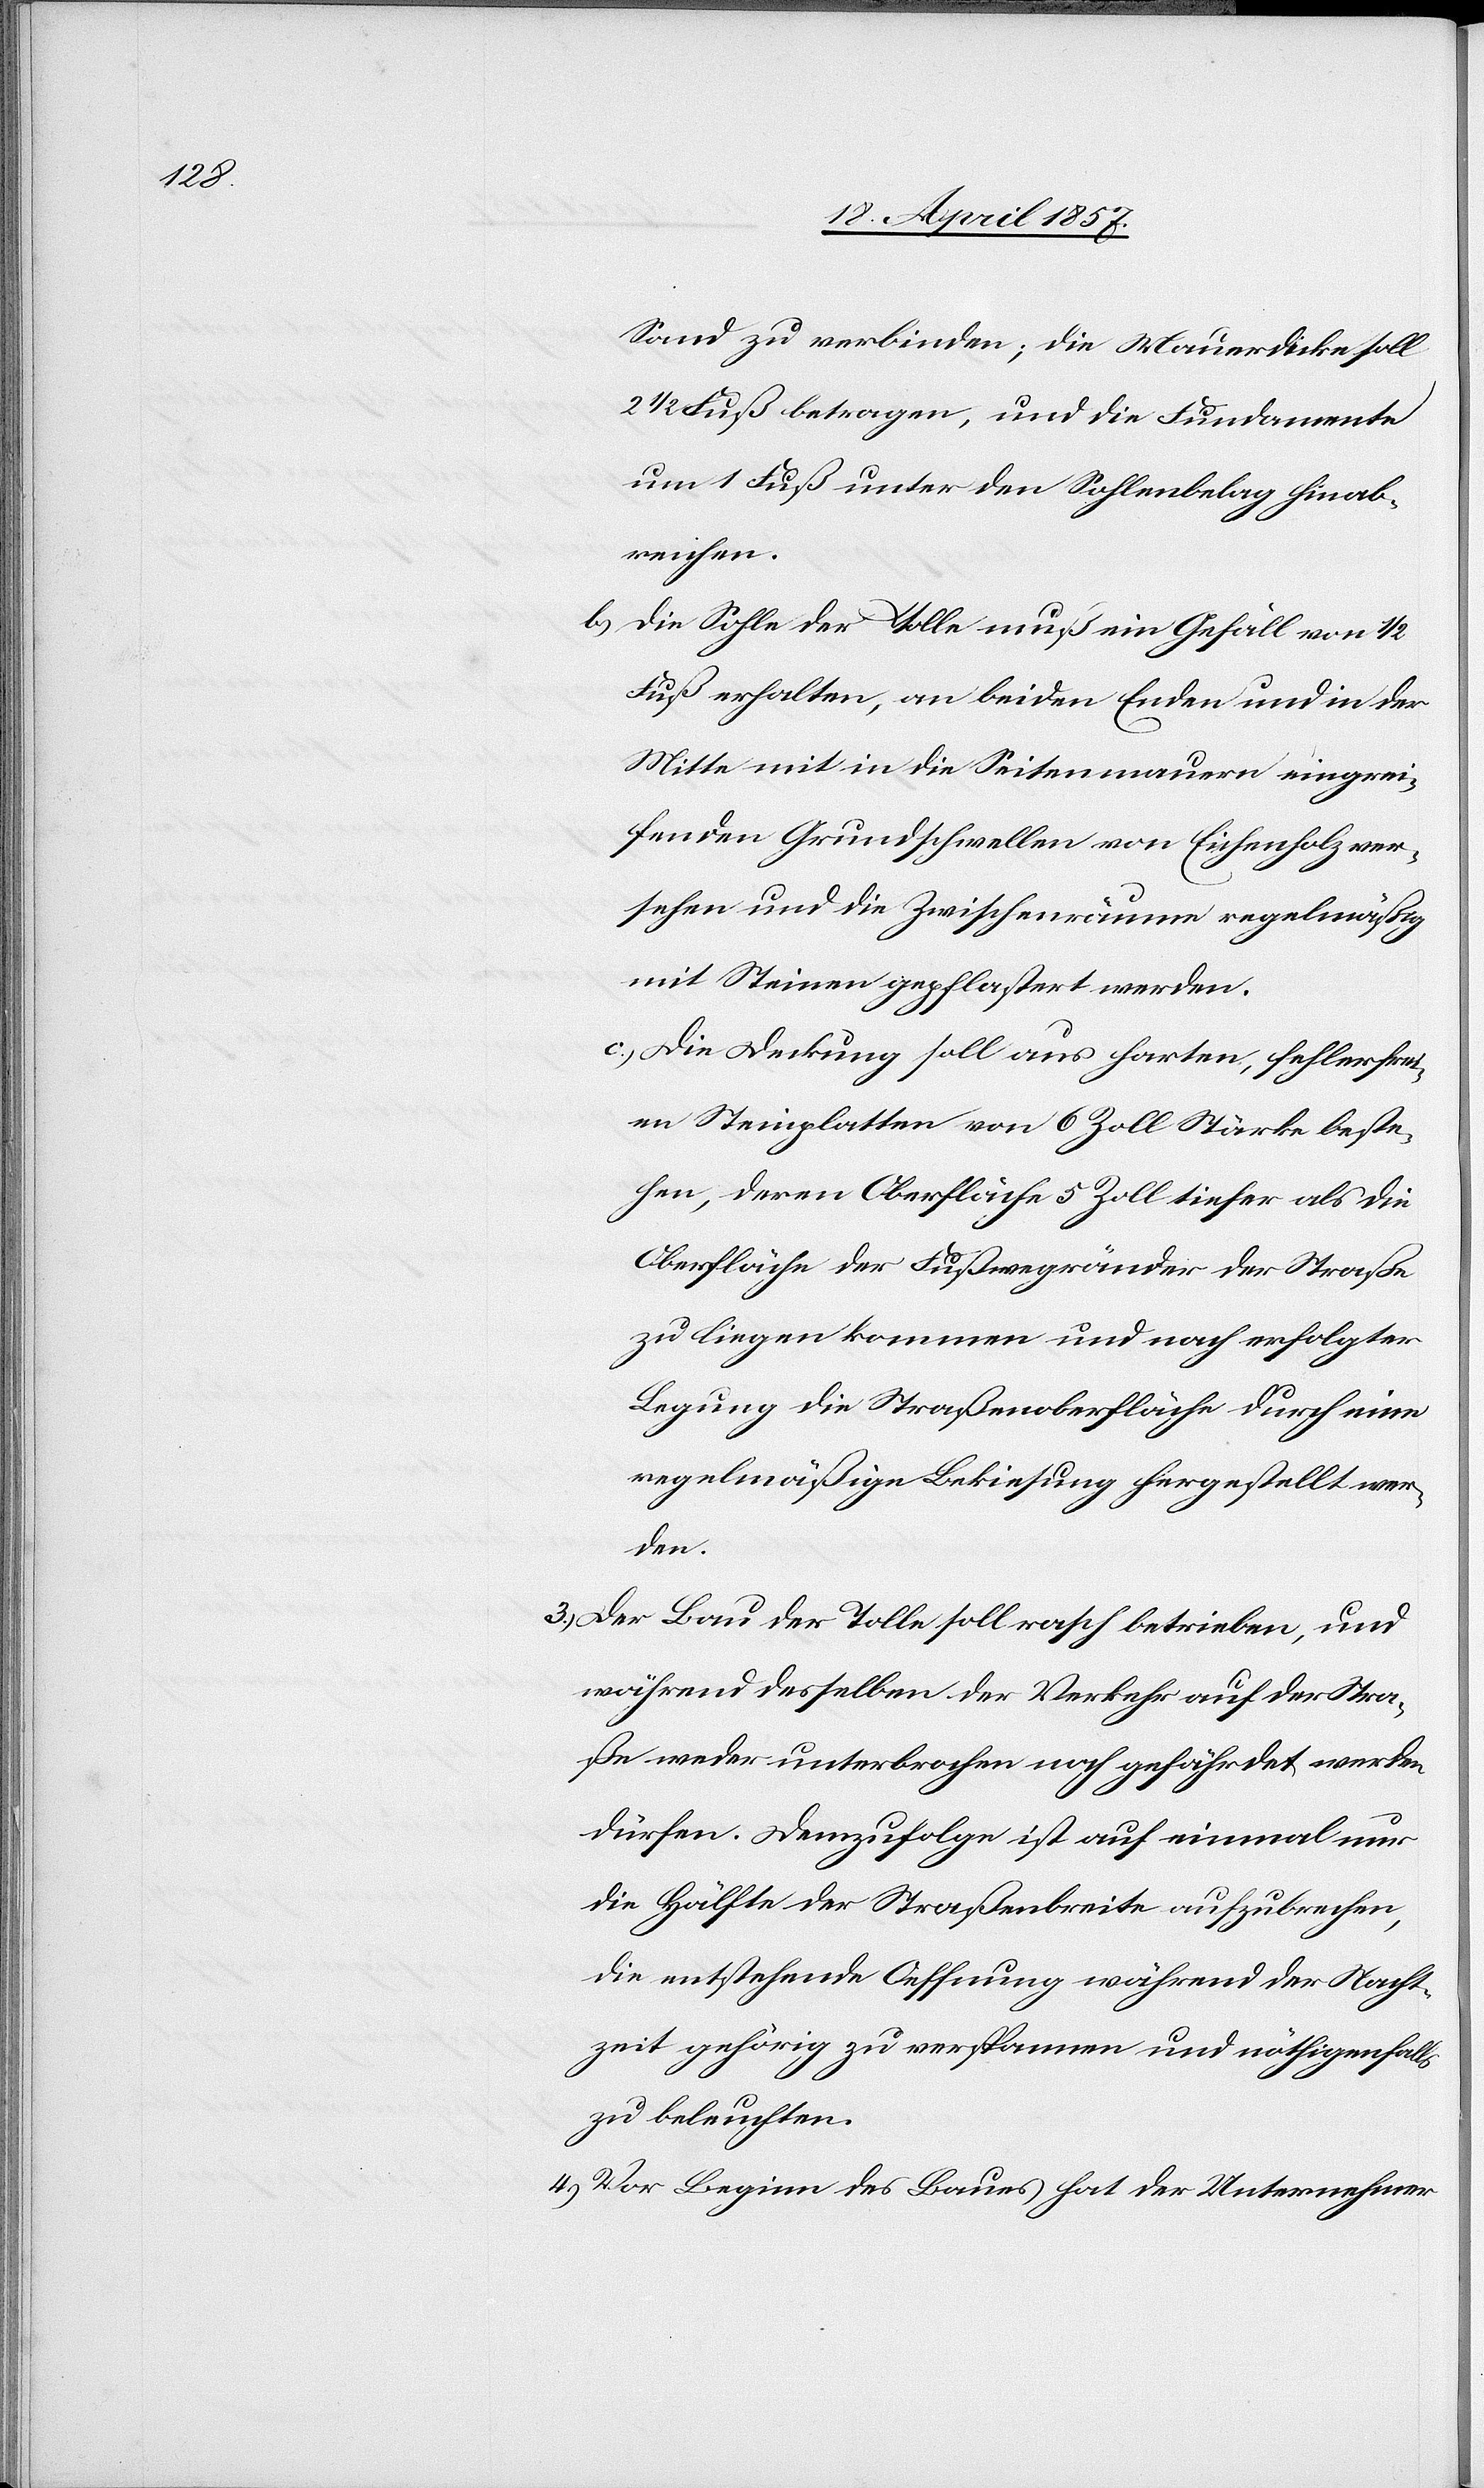
Sand zu verbinden; die Mauerdicke soll
2 1/2 Fuß betragen, und die Fundamente
um 1 Fuß unter den Sohlenbelag hinab¬
reichen.
b) Die Sohle der Tolle muß ein Gefäll von 1/2
Fuß erhalten, an beiden Enden und in der
Mitte mit in die Seitenmauern eingrei¬
fenden Grundschwellen von Eichenholz ver¬
sehen und die Zwischenräume regelmäßig
mit Steinen gepflastert werden.
c) Die Deckung soll aus harten, fehlerfrei¬
en Steinplatten von 6 Zoll Stärke beste¬
hen, deren Oberfläche 5 Zoll tiefer als die
Oberfläche der Fußwegränder der Straße
zu liegen kommen und nach erfolgter
Legung die Straßenoberfläche durch eine
regelmäßige Bekiesung hergestellt wer¬
den.
3.) Der Bau der Tolle soll rasch betreiben, und
während desselben der Verkehr auf der Stra¬
ße weder unterbrochen noch gefährdet werden
dürfen. Demzufolge ist auf einmal nur
die Hälfte der Straßenbreite aufzubrechen,
die entstehende Oeffnung während der Nacht¬
zeit gehörig zu verspannen und nöthigenfalls
zu beleuchten.
4.) Vor Beginn des Baues hat der Unternehmer